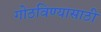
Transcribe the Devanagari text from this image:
गोठविण्यासाठी